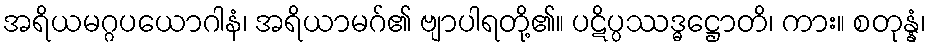
အရိယမဂ္ဂပယောဂါနံ၊ အရိယာမဂ်၏ ဗျာပါရတို့၏။ ပဋိပ္ပဿဒ္ဓဋ္ဌောတိ၊ ကား။ စတုန္နံ၊